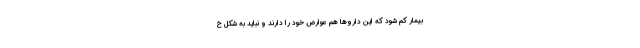
بیمار کم شود که این داروها هم عوارض خود را دارند و نباید به شکل خ